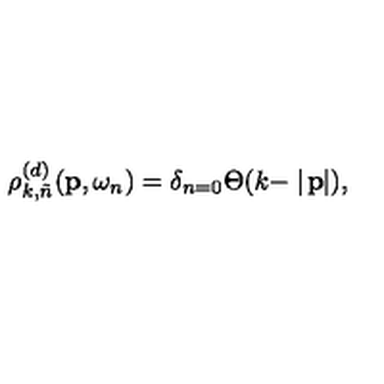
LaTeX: \rho _ { k , \tilde { n } } ^ { ( d ) } ( { \bf p } , \omega _ { n } ) = \delta _ { n = 0 } \Theta ( k - \mid \! { \bf p } \! \! \mid ) ,